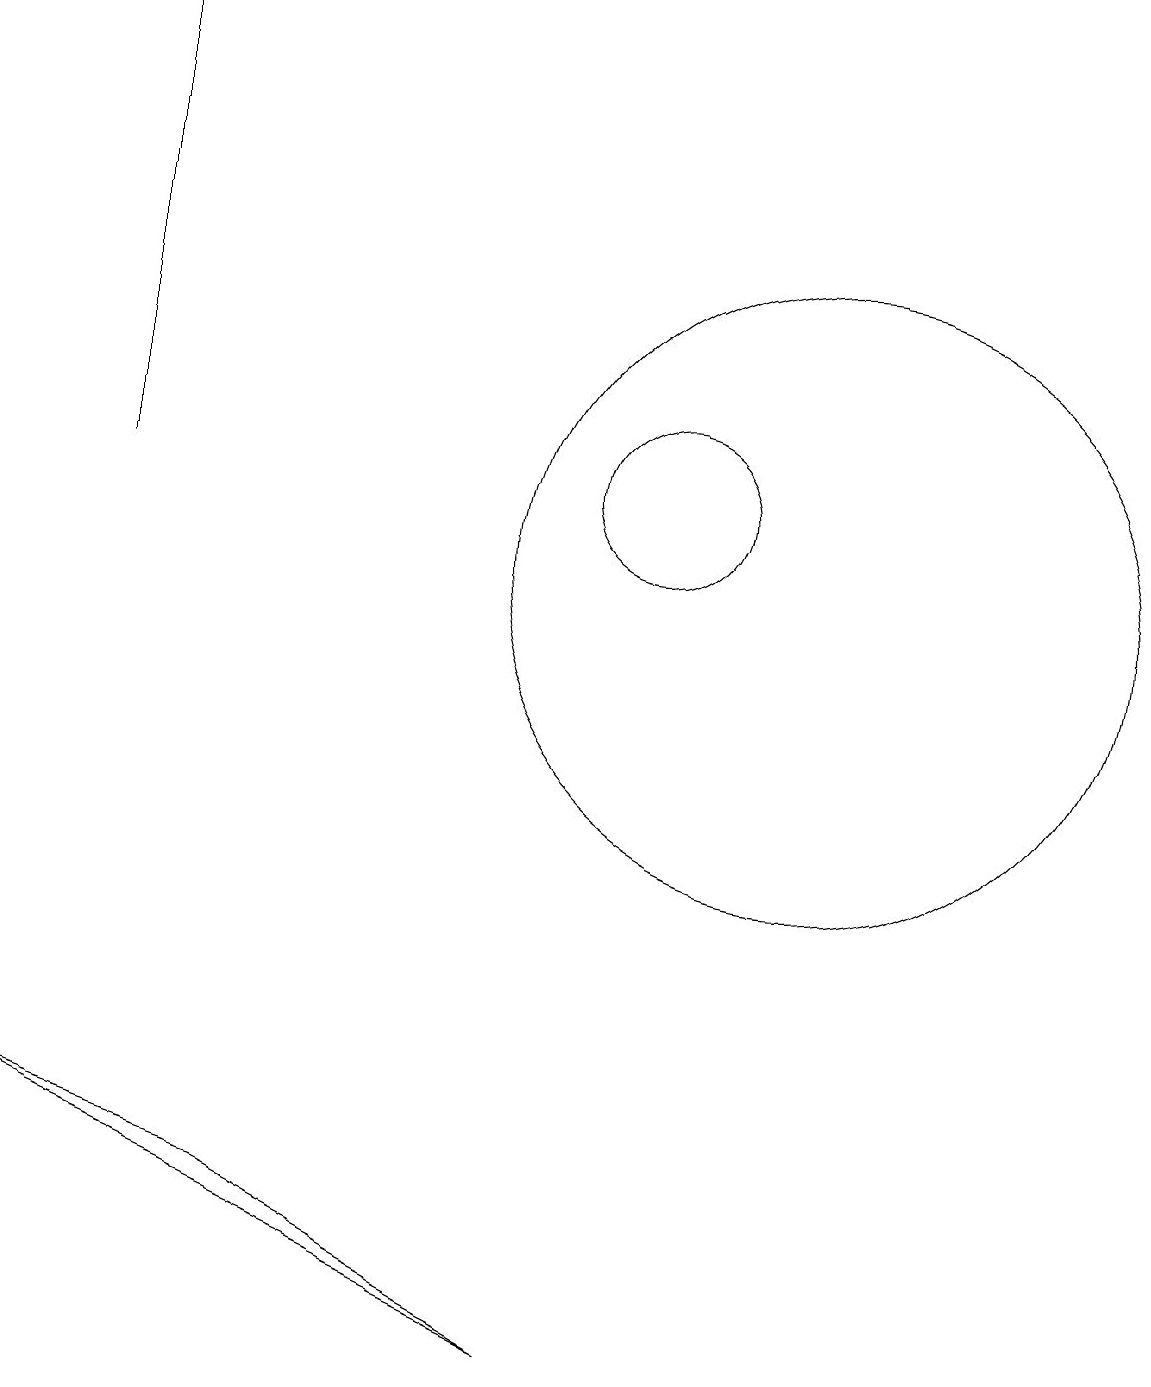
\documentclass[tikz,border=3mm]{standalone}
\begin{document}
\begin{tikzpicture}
\draw (12,11) circle (4);
\draw (3,12) rectangle (3,18);
\draw (2,4) -- (9,1) -- (5,3) -- cycle;
\draw (10,12) circle (1);
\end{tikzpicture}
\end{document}